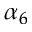
\alpha _ { 6 }